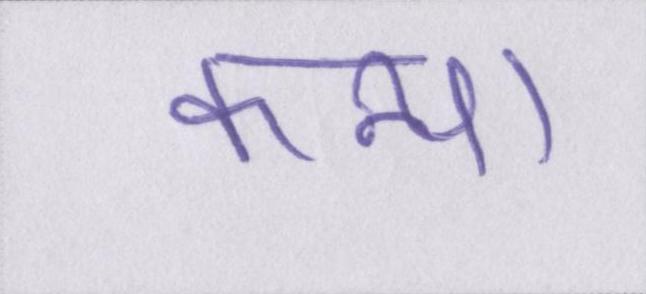
कन्या